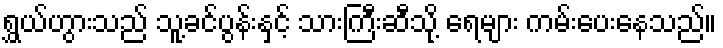
ရွှယ်ဟွားသည် သူ့ခင်ပွန်းနှင့် သားကြီးဆီသို့ ရေများ ကမ်းပေးနေသည်။